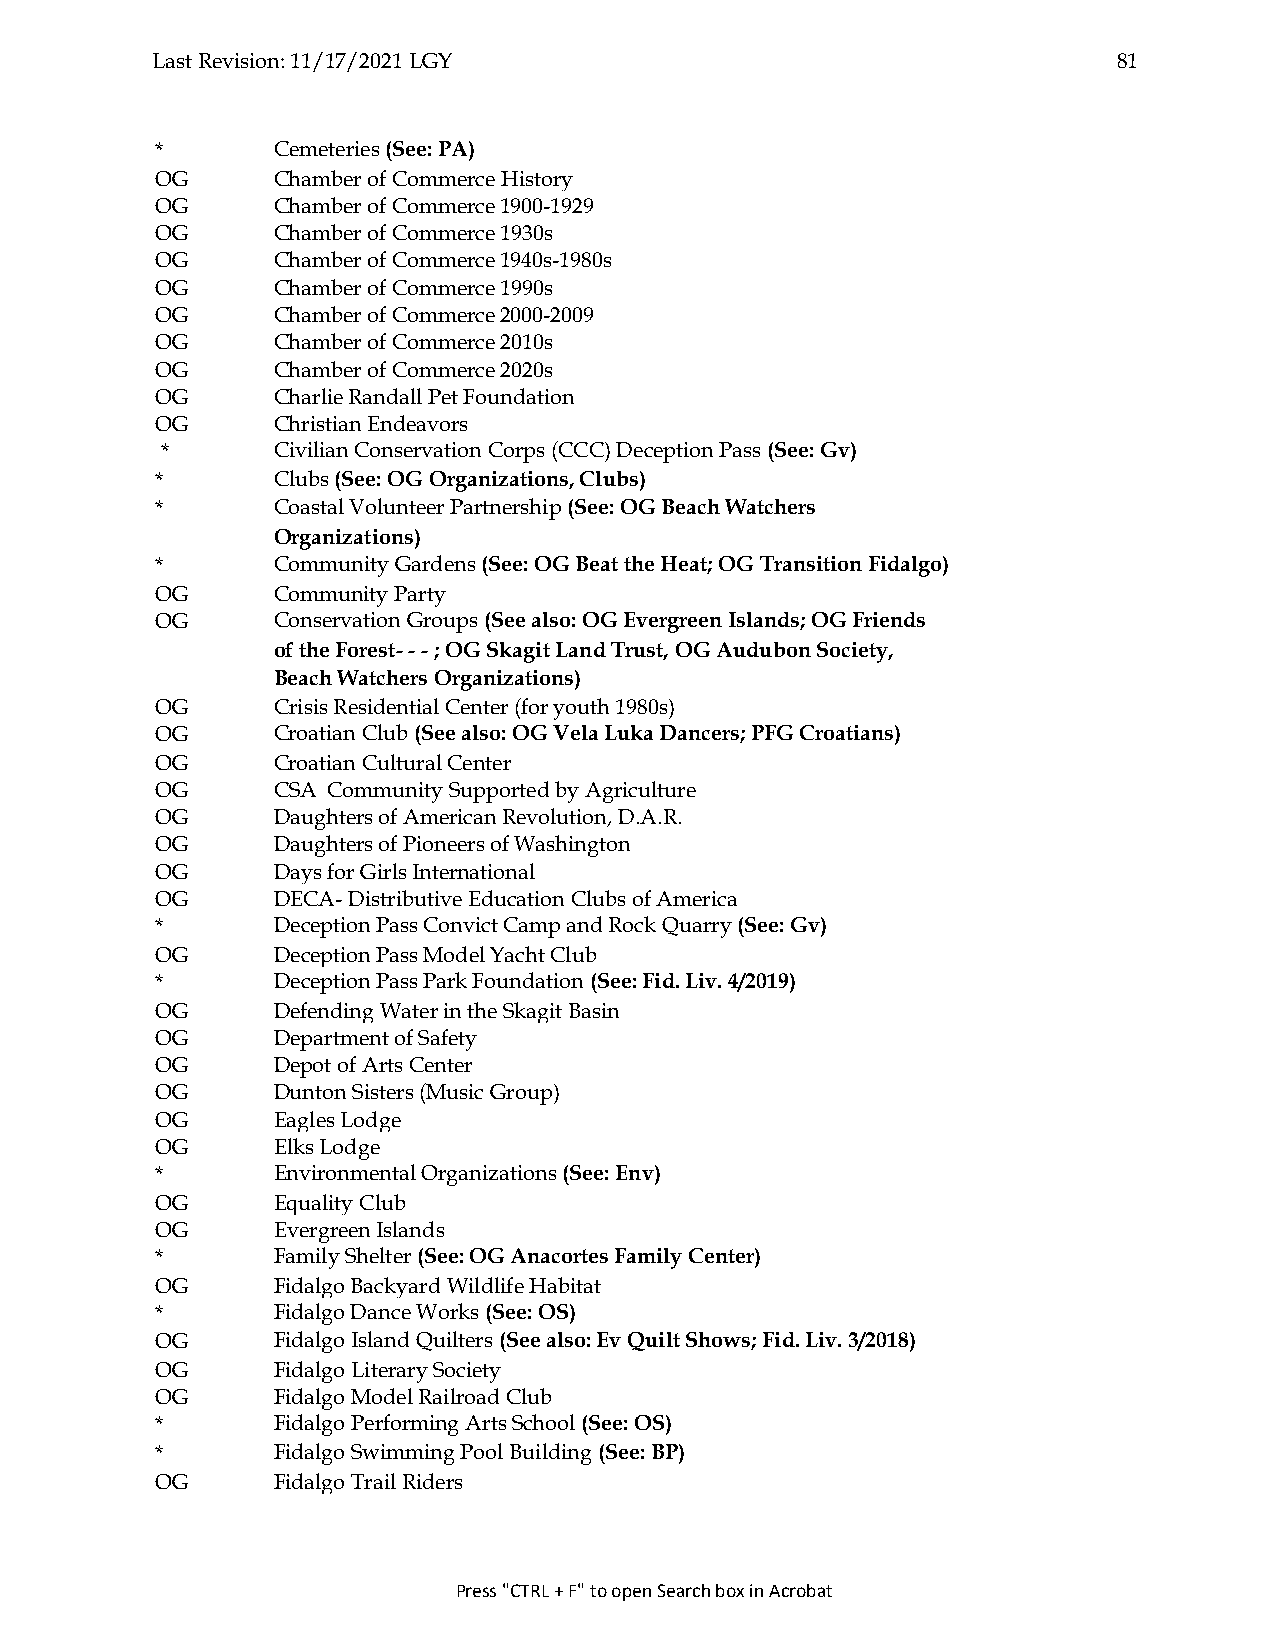
Last Revision: 11/17/2021 LGY                                   81
 *       Cemeteries (See: PA)
 OG      Chamber of Commerce History
 OG      Chamber of Commerce 1900-1929
 OG      Chamber of Commerce 1930s
 OG      Chamber of Commerce 1940s-1980s
 OG      Chamber of Commerce 1990s
 OG      Chamber of Commerce 2000-2009
 OG      Chamber of Commerce 2010s
 OG      Chamber of Commerce 2020s
 OG      Charlie Randall Pet Foundation
 OG      Christian Endeavors
 *      Civilian Conservation Corps (CCC) Deception Pass (See: Gv)
 *       Clubs (See: OG Organizations, Clubs)
 *       Coastal Volunteer Partnership (See: OG Beach Watchers
 Organizations)
 *       Community Gardens (See: OG Beat the Heat; OG Transition Fidalgo)
 OG      Community Party
 OG      Conservation Groups (See also: OG Evergreen Islands; OG Friends
 of the Forest- - - ; OG Skagit Land Trust, OG Audubon Society,
 Beach Watchers Organizations)
 OG      Crisis Residential Center (for youth 1980s)
 OG      Croatian Club (See also: OG Vela Luka Dancers; PFG Croatians)
 OG      Croatian Cultural Center
 OG      CSA Community Supported by Agriculture
 OG      Daughters of American Revolution, D.A.R.
 OG      Daughters of Pioneers of Washington
 OG      Days for Girls International
 OG      DECA- Distributive Education Clubs of America
 *       Deception Pass Convict Camp and Rock Quarry (See: Gv)
 OG      Deception Pass Model Yacht Club
 *       Deception Pass Park Foundation (See: Fid. Liv. 4/2019)
 OG      Defending Water in the Skagit Basin
 OG      Department of Safety
 OG      Depot of Arts Center
 OG      Dunton Sisters (Music Group)
 OG      Eagles Lodge
 OG      Elks Lodge
 *       Environmental Organizations (See: Env)
 OG      Equality Club
 OG      Evergreen Islands
 *       Family Shelter (See: OG Anacortes Family Center)
 OG      Fidalgo Backyard Wildlife Habitat
 *       Fidalgo Dance Works (See: OS)
 OG      Fidalgo Island Quilters (See also: Ev Quilt Shows; Fid. Liv. 3/2018)
 OG      Fidalgo Literary Society
 OG      Fidalgo Model Railroad Club
 *       Fidalgo Performing Arts School (See: OS)
 *       Fidalgo Swimming Pool Building (See: BP)
 OG      Fidalgo Trail Riders
 Press "CTRL + F" to open Search box in Acrobat